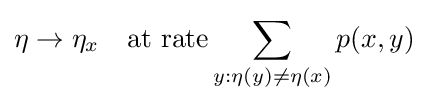
\eta \rightarrow \eta _{x}\quad {\text{at rate}}\sum _{y:\eta (y)\neq \eta (x)}p(x,y)